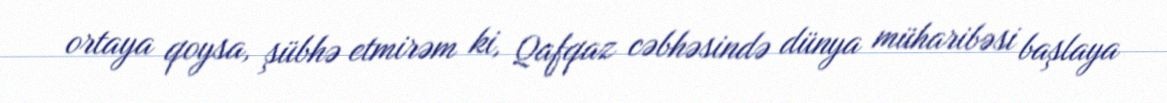
ortaya qoysa, şübhə etmirəm ki, Qafqaz cəbhəsində dünya müharibəsi başlaya